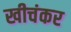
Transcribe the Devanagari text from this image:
खीचंकर